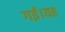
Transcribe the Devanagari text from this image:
गई।यह